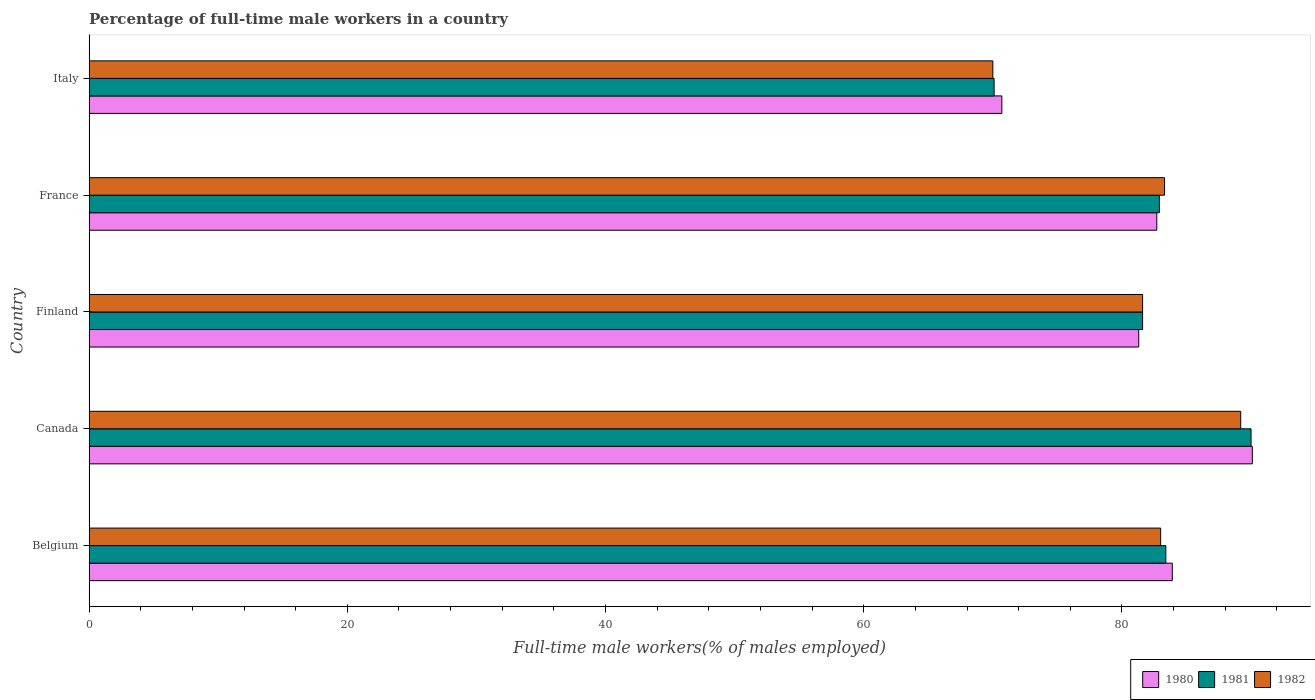
| Country | 1980 | 1981 | 1982 |
 | --- | --- | --- | --- |
 | Belgium | 83.9 | 83.4 | 83 |
 | Canada | 90.1 | 90 | 89.2 |
 | Finland | 81.3 | 81.6 | 81.6 |
 | France | 82.7 | 82.9 | 83.3 |
 | Italy | 70.7 | 70.1 | 70 |